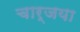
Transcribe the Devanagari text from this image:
चार्जया